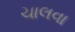
ચાલવા